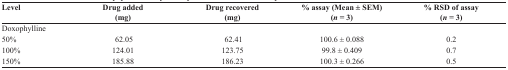
<table><thead><tr><td><b>Level</b></td><td><b>Drug added (mg)</b></td><td><b>Drug recovered (mg)</b></td><td><b>% assay (Mean ± SEM) (<i>n</i> = 3)</b></td><td><b>% RSD of assay (<i>n</i> = 3)</b></td></tr></thead><tbody><tr><td>Doxophylline</td><td></td><td></td><td></td><td></td></tr><tr><td>50%</td><td>62.05</td><td>62.41</td><td>100.6 ± 0.088</td><td>0.2</td></tr><tr><td>100%</td><td>124.01</td><td>123.75</td><td>99.8 ± 0.409</td><td>0.7</td></tr><tr><td>150%</td><td>185.88</td><td>186.23</td><td>100.3 ± 0.266</td><td>0.5</td></tr></tbody></table>